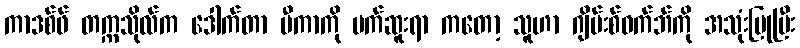
ကာဒစ်ဖ် တက္ကသိုလ်က ဒေါက်တာ မီကာကို မက်ဆူးရာ ကတော့ သူဟာ ဂျိမ်းစ်ဝက်ဘ်ကို အသုံးပြုပြီး